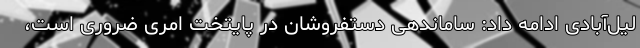
لیل‌آبادی ادامه داد: ساماندهی دستفروشان در پایتخت امری ضروری است،